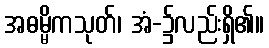
အဓမ္မိကသုတ်၊ အံ-၌လည်းရှိ၏။